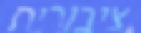
ציבורית